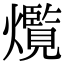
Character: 𤑸